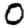
Digit: 0